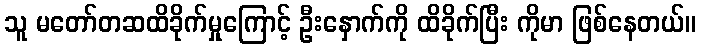
သူ မတော်တဆထိခိုက်မှုကြောင့် ဦးနှောက်ကို ထိခိုက်ပြီး ကိုမာ ဖြစ်နေတယ်။